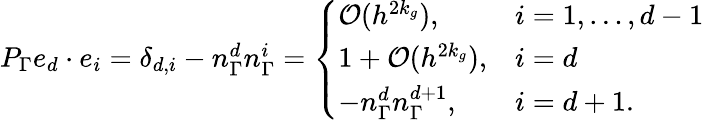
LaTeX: \begin{array}{r}{{P}_{\Gamma}e_{d}\cdot e_{i}=\delta_{d,i}-n_{\Gamma}^{d}n_{\Gamma}^{i}=\left\{ \begin{array}{ll}{\mathcal{O}(h^{2k_{g}}),}&{i=1,\ldots,d-1}\\ {1+\mathcal{O}(h^{2k_{g}}),}&{i=d}\\ {-n_{\Gamma}^{d}n_{\Gamma}^{d+1},}&{i=d+1.}\end{array}\right.}\end{array}